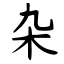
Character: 杂